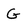
Character: G